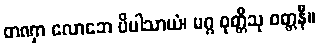
တဏှာ လောဘေ ပိပါသာယံ၊ မဂ္ဂ ဝုတ္တီသု ဝတ္တနီ။